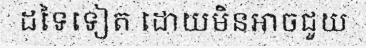
ដទៃទៀត ដោយមិនអាចជួយ